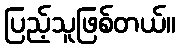
ပြည့်သူဖြစ်တယ်။